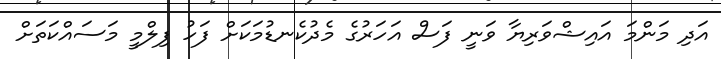
އަދި މަންމަ އައިޝްވަރިޔާ ވަނީ ފަސް އަހަރުގެ މެދުކެނޑުމަކަށް ފަހު ފިލްމީ މަސައްކަތަށް